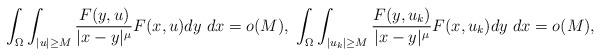
LaTeX: \begin{align*}\int_{\Omega} \int_{|u| \geq M} \frac{F(y,u)}{|x-y|^{\mu}} F(x,u) dy ~dx=o(M), \;\int_{\Omega} \int_{|u_k| \geq M} \frac{F(y,u_k)}{|x-y|^{\mu}} F(x,u_k) dy ~dx = o(M),\end{align*}